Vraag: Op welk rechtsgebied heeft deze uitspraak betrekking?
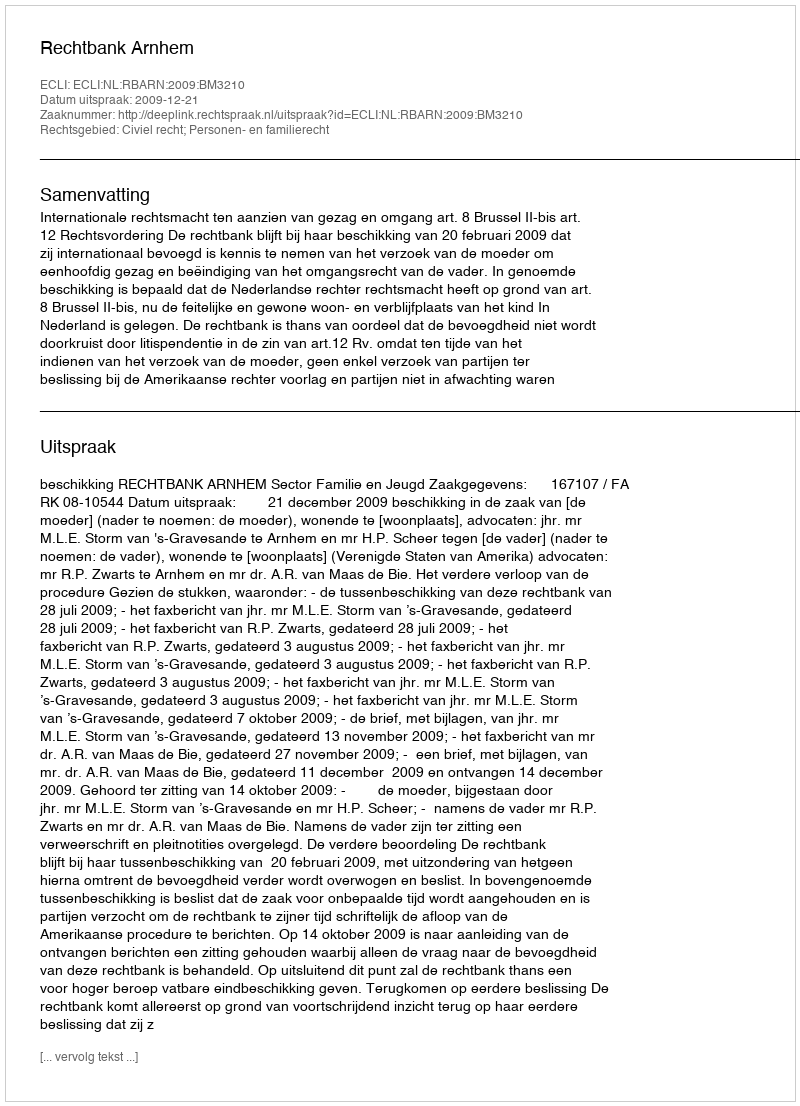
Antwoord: Civiel recht; Personen- en familierecht